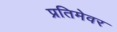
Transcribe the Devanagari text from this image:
प्रतिमेवर